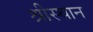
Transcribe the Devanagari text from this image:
श्रीस्थान